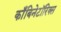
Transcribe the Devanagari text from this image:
काँबिनेटॉरिक्स